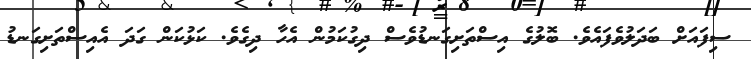
ސިފައަށް ބަދަލުވެފައެވެ. ބޮލުގެ އިސްތަށިގަނޑުވެސް ދިގުކަމުން އެހާ ދިގެވެ. ކަޅުކަން ގަދަ އެއިސްތަށިގަނޑު